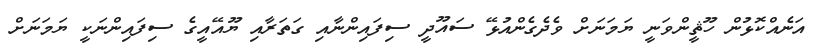
އަނެއްކޮޅުން ހޫޘީންވަނީ ޔަމަނަށް ވެދެގެންއުޅޭ ސައޫދީ ސިފައިންނާއި ގަތަރާއި ޔޫއޭއީގެ ސިފައިންނަކީ ޔަމަނަށް